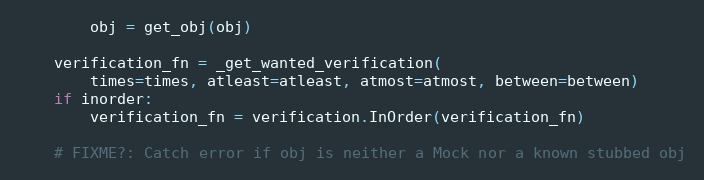
Language: Python
        obj = get_obj(obj)

    verification_fn = _get_wanted_verification(
        times=times, atleast=atleast, atmost=atmost, between=between)
    if inorder:
        verification_fn = verification.InOrder(verification_fn)

    # FIXME?: Catch error if obj is neither a Mock nor a known stubbed obj